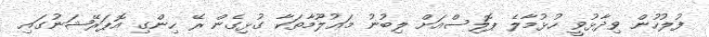
ފުލުހުން ވިދާޅުވީ ހުޅުމާލެ ޕޮލިސްއަށް ލިބުނު މަޢުލޫމާތަކާ ގުޅިގެން ރޭ ހިންގި އޮޕަރޭޝަނުގައި